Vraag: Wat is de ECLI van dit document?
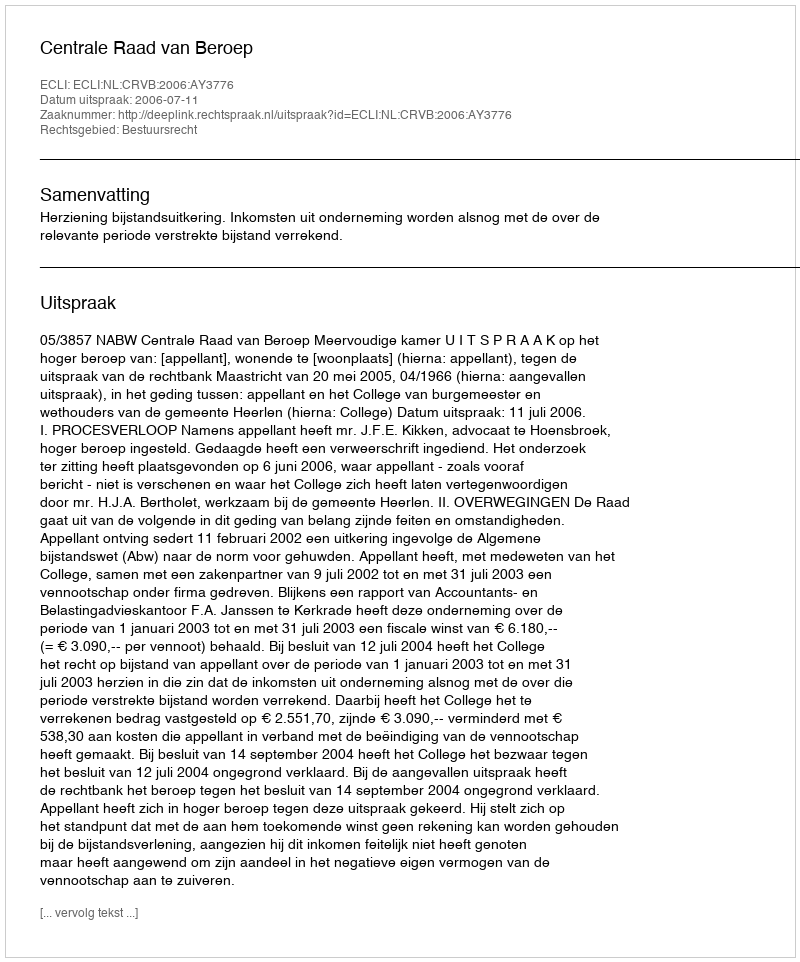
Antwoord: ECLI:NL:CRVB:2006:AY3776